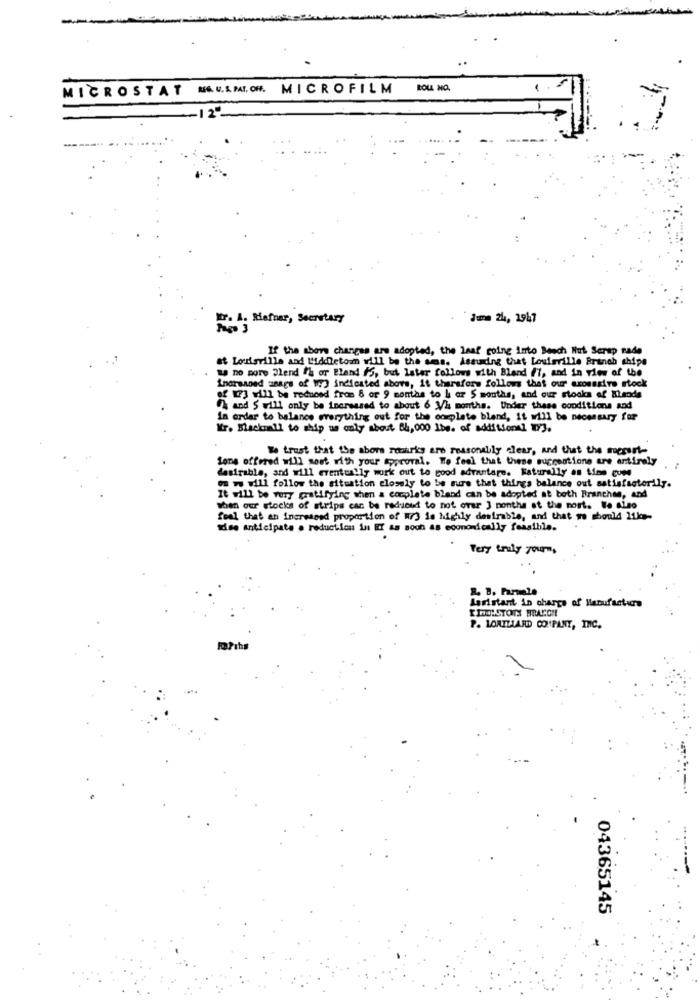
MICROSTAT NOUSMION. MICROFILM
ROLL NO.
-- 12º
Fr. A. Hafnar, Secretary
Juma 24, 1947
If the abor changes are adopted, the Leaf going into Beach Hut Screp nade
st Louisville and Middletown will be the sms. Assuding that Louisville Branch shipe
W no more "lend th or Bland #5, but later follows with Bland #1, and in view of the
inorsnoed snags of W73 indicated abors, it thursfors follows that our aroussire stock
of [73 will be reduced from 8 or 9 months to h ar $ months, and our stocks of Xlends
\ and S will only be increased to about 6 1/2 months. Under these conditions and
in order to balance everything out for the complete bland, it will be necessary for
Kr. Stackcall to ship as only about 84,000 1bs. of additional 13.
We trust that the above remarks are reasonably clear, and that the support-
ions offered will sost with your approval. We feel that these suggestions are entirely
desirable, and will eventually work out to good advantage. Naturally as time goes
om we will follow the situation closely to be sure that things balance out satisfactorily.
It will be very gratifying when a complete bland can be adopted at both Branchen, and
when our stocks of strips can be reduced to not over 3 months at the most. We also
feel that an increased proportion of W/3 is highly desirable, and that we should 11kg-
mise anticipate . reduction in Ef as soon as economically feasible.
Tery truly yours.
R. B. Farmele
Aaristant in charge of Manufacture
P. LORILLARD COMPANY, INC.
04365145